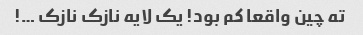
ته چین واقعا کم بود! یک لایه نازک نازک …!